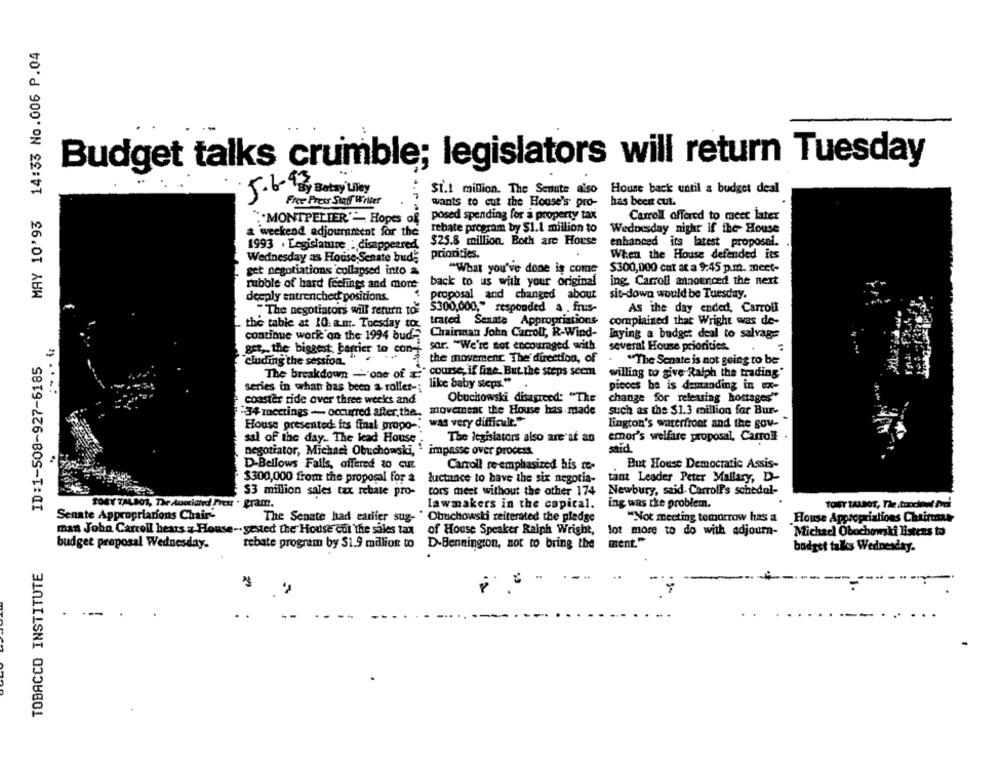
MAY 10'93 14:33 No.006 P.04
Budget talks crumble; legislators will return Tuesday
$1.1 million. The Senate also
House back until & budget deal
5.6-9 Betsy Liley
has beent cut.
Free Press Staff Writer
wants to cut the House's pro-
"MONTPELIER" Hopes of
posed spending for a property tax
Carroll offered to meer later
a weekend adjournment for the rebate program by SI.1 million to Wednesday night if the House
1993 . Legislature : disappeared
$25.8 million. Both are House
enhanced its latest proposal.
priorities.
When the House defended its
Wednesday as House Senate bude
"What you've done is come
$300,000 cut at a 9:45 p.m. meet-
get negotiations collapsed into a
rubble of hard feelings and more
back to us with your original
ing. Carroll announced the next
deeply entrenched positions.
proposal and changed about
sit-down would be Tuesday.
"The negotiators will return to
$300,000," responded a . frus-
As the day ended, Carroll
trated Senate Appropriations
complained that Wright was de-
the table at 10: a.m. Tuesday to-
continue work on the 1994 bud-
Chairman John Carroll, R-Wind-
laying a budget deal to salvage
sar. "We're sot encouraged with
=
get, the biggest; barrier to con-
several House priorities.
ID:1-508-927-5185
cluding the session.
the movement. The direction, of
"The Senate is not going to be
The breakdown - one of ="course, if fine, But the steps seem
willing to give Ralph the trading*
like baby steps."
series in what has been a roller -;
pieces ba is demanding in x-
coaster ride over three weeks and
Obuchowski disagreed: "The
change for releasing hostages"
"34 meetings - occurred after the, movement the House has made
such as the $1.3 million for Bur-
was very difficult."
lington's waterfront and the gov-
House presented its final propo -.
The legislators also are'at an
emor's welfare proposal, Carroll .
sal of the day. The lead House
negotiator, Michael Obuchowski,
said
D-Bellows Fails, offered 30 QUE
Carroll re-emphasized his te-
But House Democratic Assis-
tant Leader Peter Mallary, D-
$300,000 from the proposal for a
$300,000 from the proposal for a luctance to have the six negotia-
luctance to have the six negotia-
$3 million sales tax rebate pro-
tors meet without the other 174
Newbury, said Carroll's schedal-
SONY TALBOT, The stoociated Press . gram.
lawmakers in the capital.
ing was the problem.
TOST TALBOT, The toochoul Ini
Senate Appropriations Chair-
The Senate had earlier sug- " Obuchowski reiterated the pledge
"Not meeting tomorrow has a House Appropriations Chainsaw
man John Carroll hears z Hous
-gested the House cul the sales tax
of House Speaker Ralph Wright,
lot more to do with adjourn-
Michad Obochowski listens to
budget proposal Wednesday.
rebate program by $1.9 million to
D-Bennington, not to bring the ment."
budget talks Wednesday.
TOBACCO INSTITUTE
-